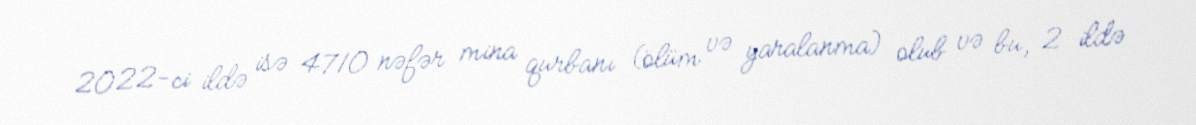
2022-ci ildə isə 4710 nəfər mina qurbanı (ölüm və yaralanma) olub və bu, 2 ildə